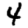
Digit: 4